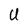
Character: U